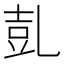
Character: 𠃸